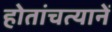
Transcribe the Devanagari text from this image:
होतांचत्यानें